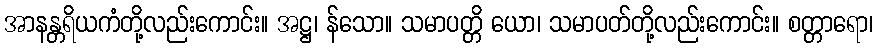
အာနန္တရိယကံတို့လည်းကောင်း။ အဋ္ဌ၊ န်သော။ သမာပတ္တိ ယော၊ သမာပတ်တို့လည်းကောင်း။ စတ္တာရော၊